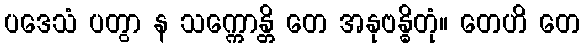
ပဒေသံ ပတွာ န သက္ကောန္တိ တေ အနုဗန္ဓိတုံ။ တေဟိ တေ